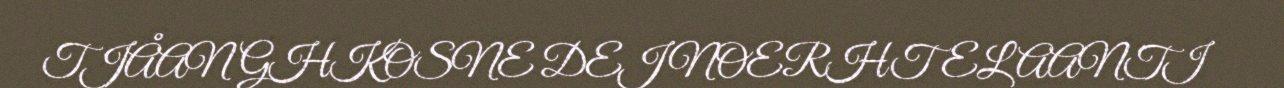
TJÅANGHKOSNE DEJ NOERHTELAANTI